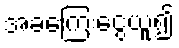
အခကြေးငွေယူ၍